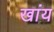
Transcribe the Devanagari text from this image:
खांय